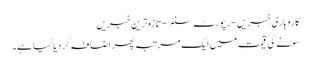
کاروباری خبریں - رپورٹ سنٹر - تازہ ترین خبریں
سونے کی قیمت میں ایک مرتبہ پھر اضافہ کر دیا گیا ہے۔